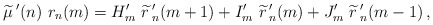
\begin{align*}\widetilde{\mu}\,'(n)\ r_n(m)=H'_{m}\ \widetilde{r}\,'_{n}(m+1) +I'_m\ \widetilde{r}\,'_{n}(m) +J'_m\ \widetilde{r}\,'_{n}(m-1) \,,\end{align*}